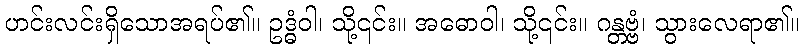
ဟင်းလင်းရှိသောအရပ်၏။ ဥဒ္ဓံဝါ၊ သို့၎င်း။ အဓောဝါ၊ သို့၎င်း။ ဂန္တဗ္ဗံ၊ သွားလေရာ၏။